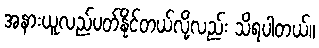
အနားယူလည်ပတ်နိုင်တယ်လို့လည်း သိရပါတယ်။